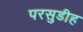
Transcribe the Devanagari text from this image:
परसुडीह